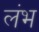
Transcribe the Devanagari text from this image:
लंभ